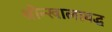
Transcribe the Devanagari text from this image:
श्रीन्खालाबद्ध